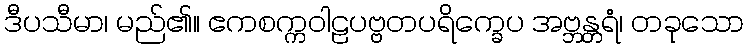
ဒီပသီမာ၊ မည်၏။ ဧကစက္ကဝါဠပဗ္ဗတပရိက္ခေပ အဗ္ဘန္တရံ၊ တခုသော